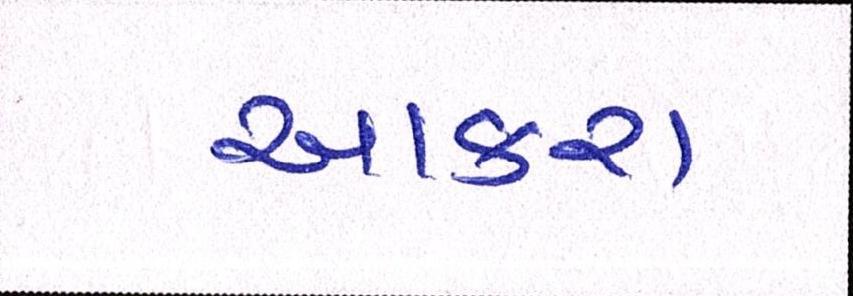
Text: આકરા